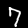
Digit: 7